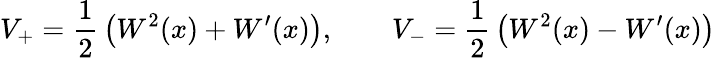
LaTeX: V_{+}={\frac{1}{2}}\left(W^{2}(x)+W^{\prime}(x)\right),\qquad V_{-}={\frac{1}{2}}\left(W^{2}(x)-W^{\prime}(x)\right)